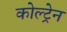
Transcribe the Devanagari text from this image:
कोल्ट्रेन